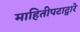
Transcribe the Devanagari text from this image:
माहितीपटाद्वारे